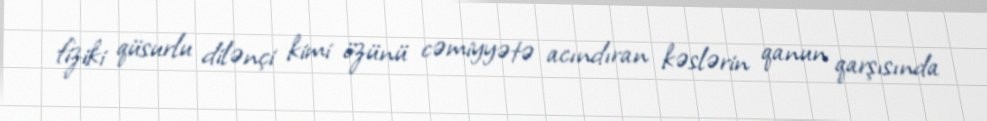
fiziki qüsurlu dilənçi kimi özünü cəmiyyətə acındıran kəslərin qanun qarşısında